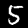
Label: 5